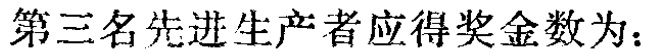
第三名先进生产者应得奖金数为：